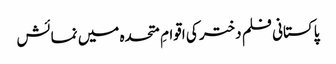
پاکستانی فلم دختر کی اقوامِ متحدہ میں نمائش